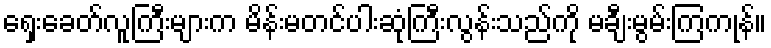
ရှေးခေတ်လူကြီးများက မိန်းမတင်ပါးဆုံကြီးလွန်းသည်ကို မချီးမွမ်းကြကုန်။